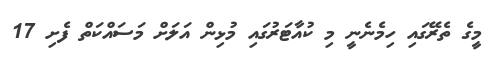
މީގެ ތެރޭގައި ހިމެނެނީ މި ކުއާޓަރުގައި މުޅިން އަލަށް މަސައްކަތް ފެށި 17